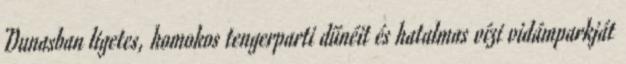
Dunasban ligetes, homokos tengerparti dűnéit és hatalmas vízi vidámparkját